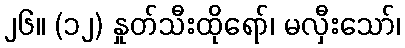
၂၆။ (၁၂) နှုတ်သီးထိုရော်၊ မလှီးသော်၊